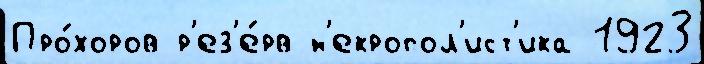
Про́хоров р'ез'е́рв н'екропол'ист'ика 1923